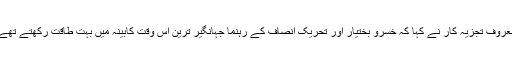
معروف تجزیہ کار نے کہا کہ خسرو بختیار اور تحریک انصاف کے رہنما جہانگیر ترین اس وقت کابینہ میں بہت طاقت رکھتے تھے۔